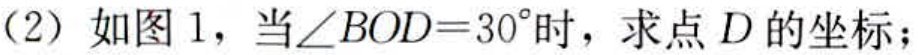
(2) 如图 1，当\(\angle BOD = 30^{\circ}\)时，求点\(D\)的坐标；